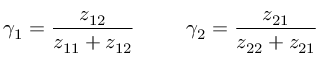
\gamma _ { 1 } = \frac { z _ { 1 2 } } { z _ { 1 1 } + z _ { 1 2 } } \; \; \; \; \; \; \; \; \; \gamma _ { 2 } = \frac { z _ { 2 1 } } { z _ { 2 2 } + z _ { 2 1 } }